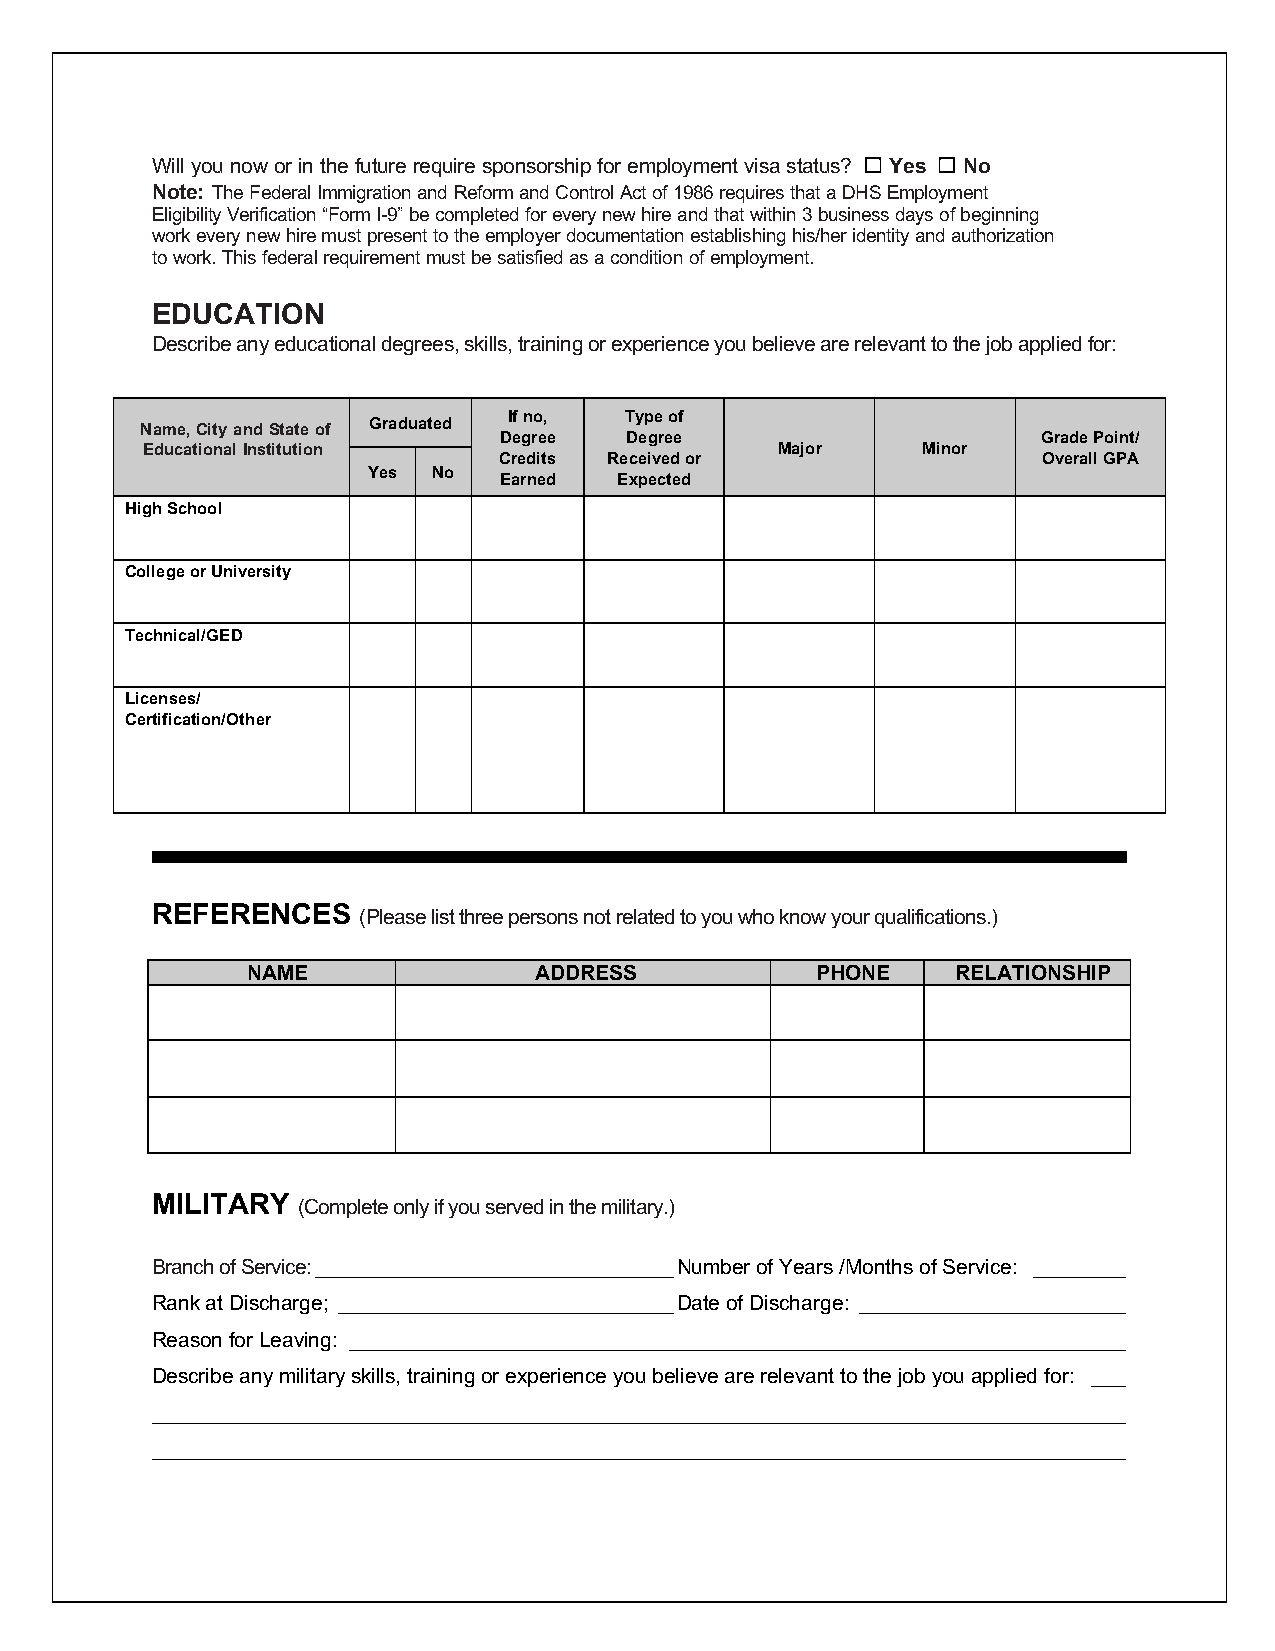
Will you now or in the future require sponsorship for employment visa status? ☐ Yes ☐ No
 Note: The Federal Immigration and Reform and Control Act of 1986 requires that a DHS Employment
 Eligibility Verification “Form I-9” be completed for every new hire and that within 3 business days of beginning
 work every new hire must present to the employer documentation establishing his/her identity and authorization
 to work. This federal requirement must be satisfied as a condition of employment.
 EDUCATION
 Describe any educational degrees, skills, training or experience you believe are relevant to the job applied for:
 If no, Type of
 Name, City and State of Graduated
 Degree  Degree                      Grade Point/
 Educational Institution                   Major     Minor
 Credits Received or                 Overall GPA
 Yes  No
 Earned  Expected
 High School
 College or University
 Technical/GED
 Licenses/
 Certification/Other
 REFERENCES
 (Please list three persons not related to you who know your qualifications.)
 NAME               ADDRESS            PHONE    RELATIONSHIP
 MILITARY
 (Complete only if you served in the military.)
 Branch of Service: _______________________________ Number of Years /Months of Service: ________
 Rank at Discharge; _____________________________ Date of Discharge: _______________________
 Reason for Leaving: ___________________________________________________________________
 Describe any military skills, training or experience you believe are relevant to the job you applied for: ___
 ____________________________________________________________________________________
 ____________________________________________________________________________________